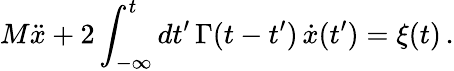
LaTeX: M\ddot{x}+2\int_{-\infty}^{t}dt^{\prime}\, \Gamma(t-t^{\prime})\, \dot{x}(t^{\prime})=\xi(t)\, .